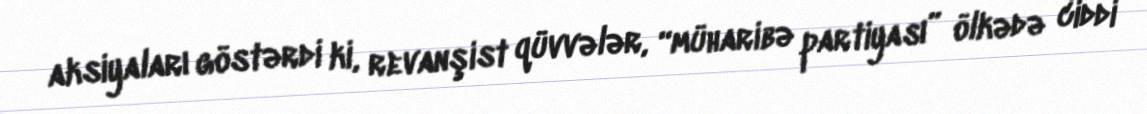
aksiyaları göstərdi ki, revanşist qüvvələr, “müharibə partiyası” ölkədə ciddi